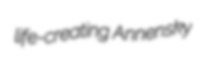
life-creating Annensky